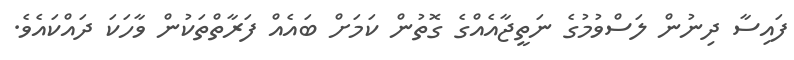
ފައިސާ ދިނުން ލަސްވުމުގެ ނަތީޖާއެއްގެ ގޮތުން ކަމަށް ބައެއް ފަރާތްތަކުން ވާހަކަ ދައްކައެވެ.